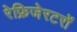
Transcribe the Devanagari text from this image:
रेफ्रिजेरटरों